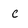
Character: C